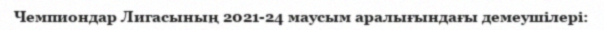
Чемпиондар Лигасының 2021-24 маусым аралығындағы демеушілері: